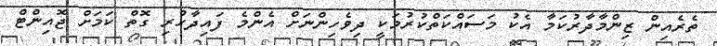
ތެރެއިން ޒިންމާދާރުކަމާ އެކު މަސައްކަތްކުރުމަކީ ދިވެހިންނަށް އެންމެ ފައިދާހުރި ގޮތް ކަމަށް ޖޮއިންޓް